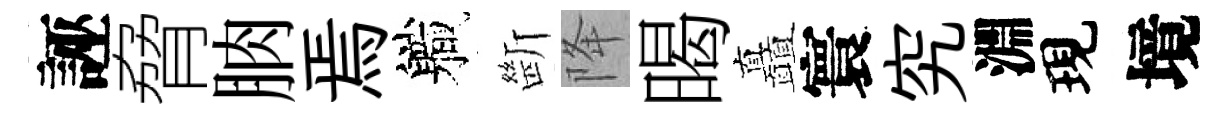
誣脅朒焉軄㫁降暍矗寰究淵現境